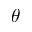
\theta